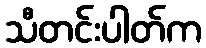
သီတင်းပါတ်က